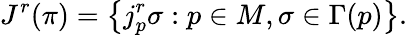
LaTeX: J^{r}(\pi)=\left\{ j_{p}^{r}\sigma:p\in M,\sigma\in\Gamma(p)\right\} .